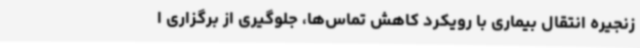
زنجیره انتقال بیماری با رویکرد کاهش تماس‌ها، جلوگیری از برگزاری ا